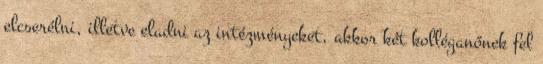
elcserélni, illetve eladni az intézményeket, akkor két kolléganőnek fel